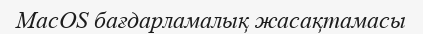
MacOS бағдарламалық жасақтамасы